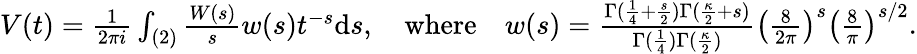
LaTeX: \begin{array}{r}{V(t)=\frac{1}{2\pi i}\int_{(2)}\frac{W(s)}{s}w(s)t^{-s}\mathrm{d}s,\quad\mathrm{where}\quad w(s)=\frac{\Gamma(\frac{1}{4}+\frac s2)\Gamma(\frac{\kappa}{2}+s)}{\Gamma(\frac{1}{4})\Gamma(\frac{\kappa}{2})}\left(\frac{8}{2\pi}\right)^{s}\left(\frac{8}{\pi}\right)^{s/2}.}\end{array}